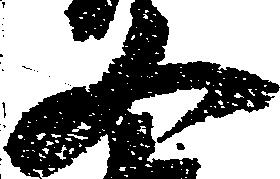
又